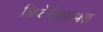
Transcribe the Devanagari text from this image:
डिप्टेरोकारपस